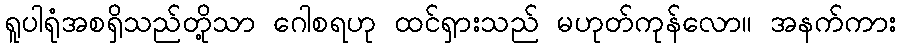
ရူပါရုံအစရှိသည်တို့သာ ဂေါစရဟု ထင်ရှားသည် မဟုတ်ကုန်လော။ အနက်ကား